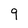
Character: 9